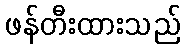
ဖန်တီးထားသည်